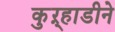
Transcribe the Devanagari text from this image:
कुऱ्हाडीने